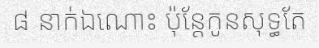
៨ នាក់ឯណោះ ប៉ុន្តែកូនសុទ្ធតែ